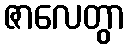
ဇာလေတွာ